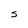
Character: S